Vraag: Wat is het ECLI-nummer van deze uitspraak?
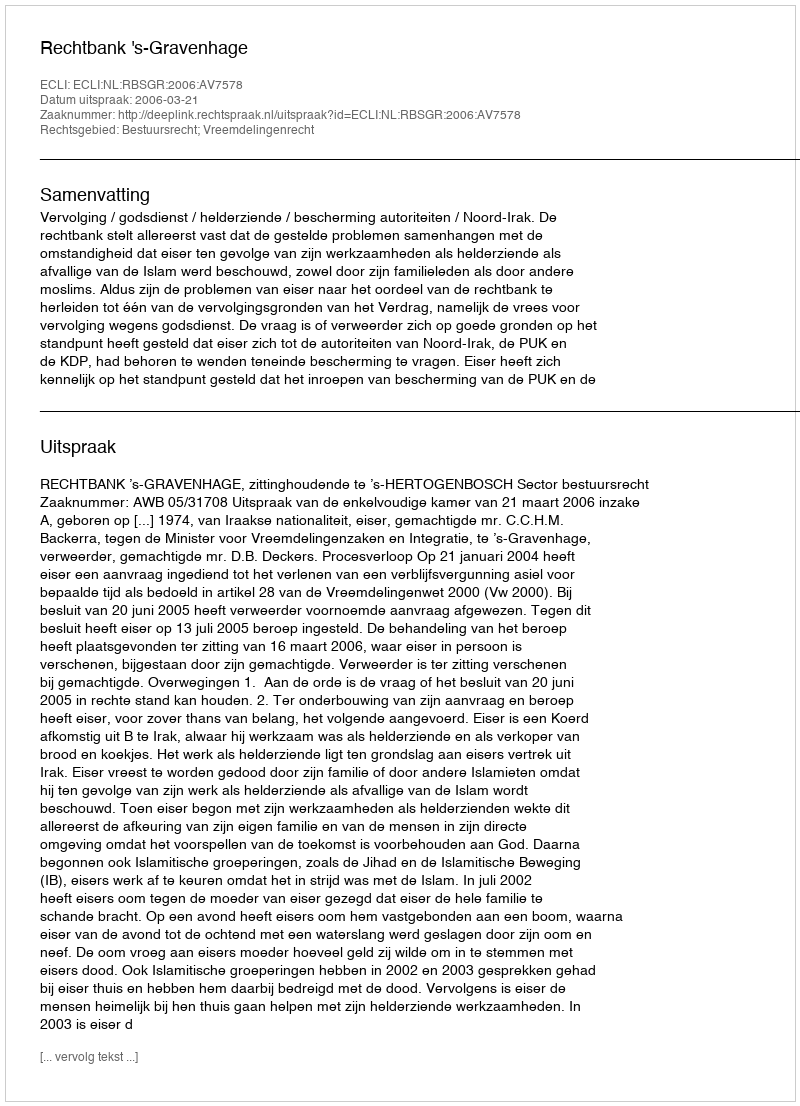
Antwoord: ECLI:NL:RBSGR:2006:AV7578